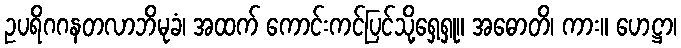
ဥပရိဂဂနတလာဘိမုခံ၊ အထက် ကောင်းကင်ပြင်သို့ရှေ့ရှု။ အဓောတိ၊ ကား။ ဟေဋ္ဌာ၊